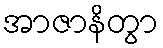
အာဇာနိတွာ